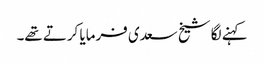
کہنے لگا شیخ سعدی فرمایا کرتے تھے۔